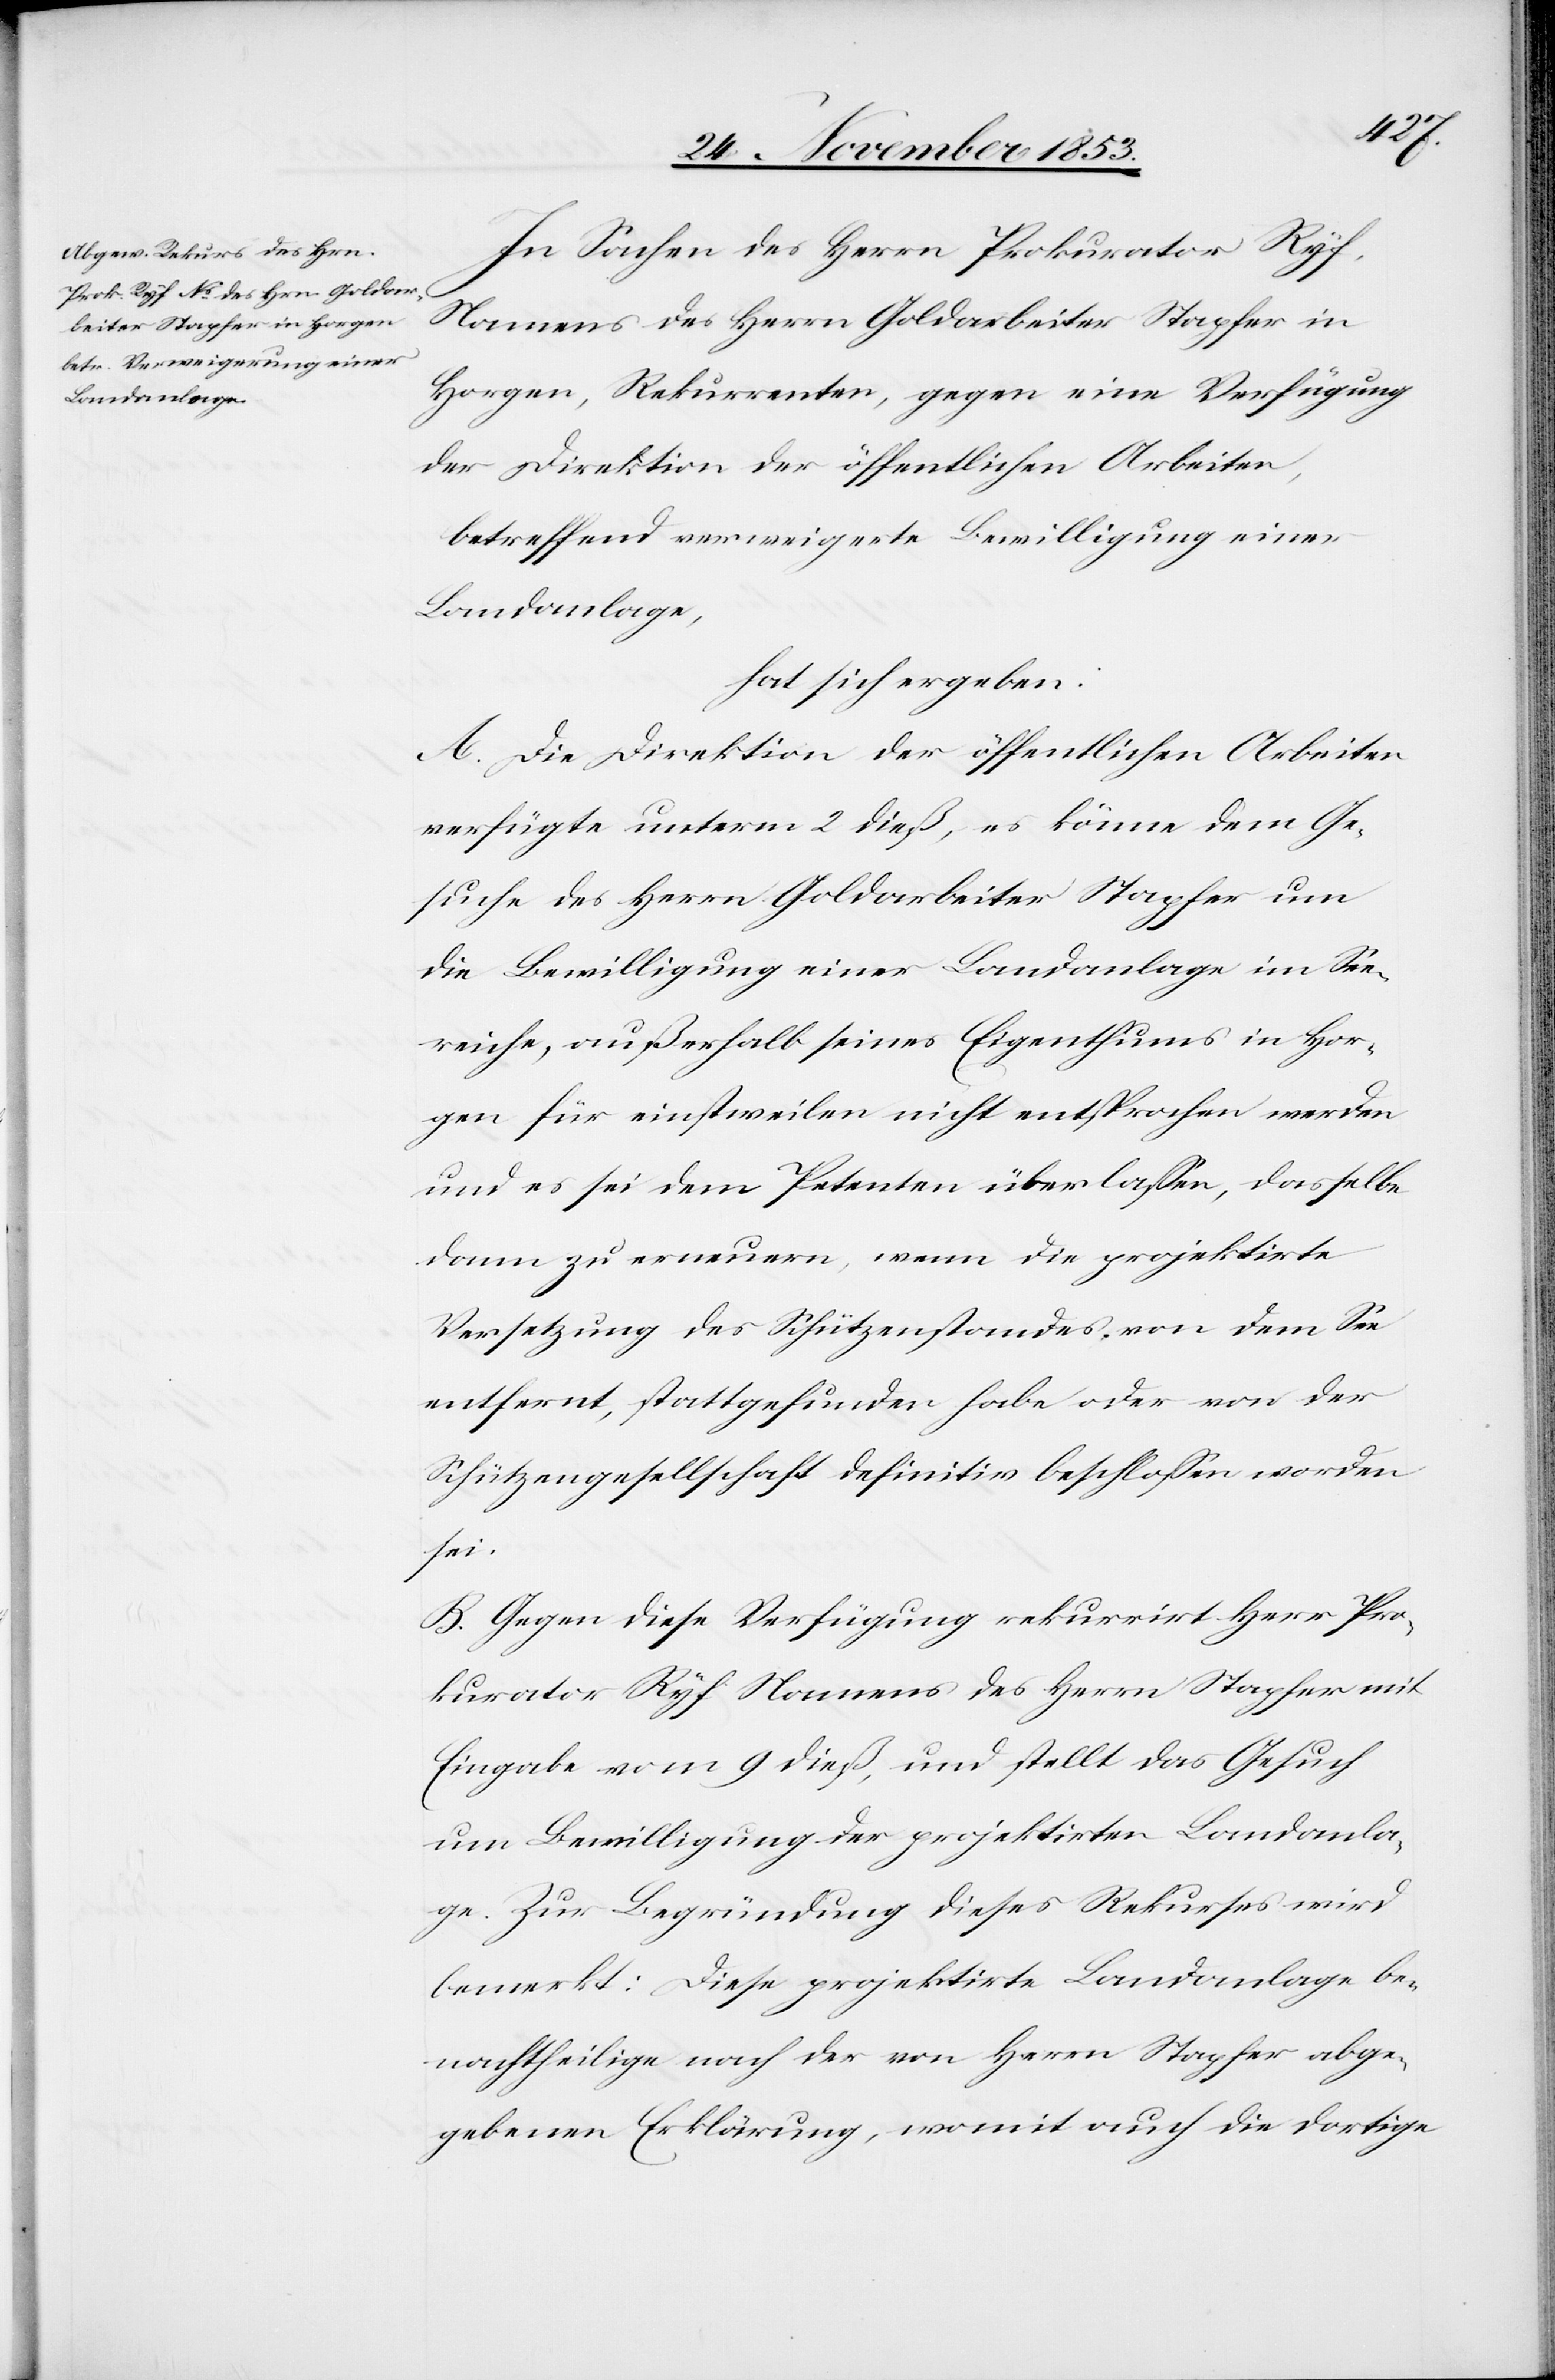
In Sachen des Herrn Prokurator Ryf,
Namens des Herrn Goldarbeiter Stapfer in
Horgen, Rekurrenten, gegen eine Verfügung
der Direktion der öffentlichen Arbeiten,
betreffend verweigerte Bewilligung einer
Landanlage,
hat sich ergeben:
A. Die Direktion der öffentlichen Arbeiten
verfügte unterm 2 dieß, es könne dem Ge¬
suche des Herrn Goldarbeiter Stapfer um
die Bewilligung einer Landanlage in See¬
reiche, außerhalb seines Eigenthums in Hor¬
gen für einstweilen nicht entsprochen werden
und es sei dem Petenten überlaßen, dasselbe
dann zu erneuern, wenn die projektirte
Versetzung des Schützenstandes, von dem See
entfernt, stattgefunden habe oder von der
Schützengesellschaft definitiv beschloßen worden
sei.
B. Gegen diese Verfügung rekurrirt Herr Pro¬
kurator Ryf Namens des Herrn Stapfer mit
Eingabe vom 9 dieß, und stellt das Gesuch
um Bewilligung der projektirten Landanla¬
ge. Zur Begründung dieses Rekurses wird
bemerkt: Diese projektirte Landanlage be¬
nachtheilige nach der von Herrn Stapfer abge¬
gebenen Erklärung, womit auch die dortige